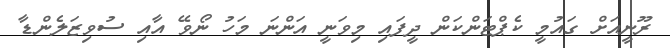
ރޫނީއަށް ގައުމީ ކެޕްޓަންކަން ދީފައި މިވަނީ އަންނަ މަހު ނޯވޭ އާއި ސުވިޒަލެންޑާ